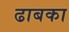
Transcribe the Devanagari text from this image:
ढाबका